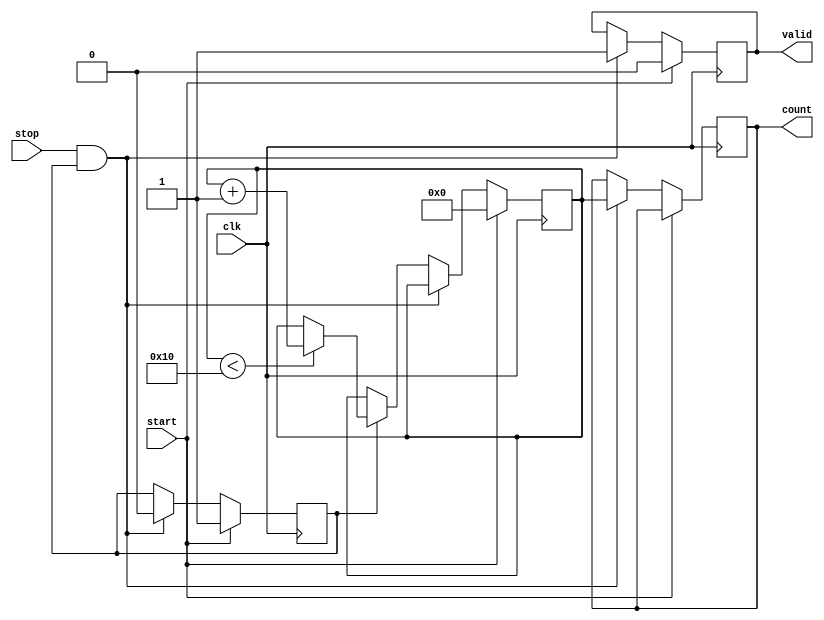
module TDC (
    input wire clk,            // System clock
    input wire start,          // Start signal
    input wire stop,           // Stop signal
    output reg [15:0] count,   // Output register for the count value
    output reg valid           // Indicates valid output
);

    // Parameters
    parameter DELAY_ELEMENTS = 16; // Number of delay elements
    parameter MAX_COUNT = DELAY_ELEMENTS; // Maximum count value

    // Internal signals
    reg [15:0] counter;          // Counter for measuring time
    reg measuring;               // State to indicate if measuring is active

    // Delay line (simple array of delay stages)
    reg [DELAY_ELEMENTS-1:0] delay_line;

    // Initialize the counter and state
    initial begin
        count = 0;
        counter = 0;
        measuring = 0;
        valid = 0;
        delay_line = 0;
    end

    // Process to handle timing measurement
    always @(posedge clk) begin
        if (start) begin
            // Reset counter and start measuring
            counter <= 0;
            measuring <= 1;
            valid <= 0;
        end else if (stop && measuring) begin
            // Stop measuring and store the count
            count <= counter;
            measuring <= 0;
            valid <= 1; // Indicate that output is valid
        end else if (measuring) begin
            // Increment counter on each clock cycle
            if (counter < MAX_COUNT) begin
                counter <= counter + 1;
            end
        end
    end

    // Sample the delay line (this is a placeholder for actual delay line logic)
    always @(posedge clk) begin
        if (measuring) begin
            // Shift in a new value into the delay line
            delay_line <= {delay_line[DELAY_ELEMENTS-2:0], 1'b1}; // Example behavior
        end else begin
            // Reset delay line when not measuring
            delay_line <= 0;
        end
    end

endmodule